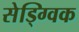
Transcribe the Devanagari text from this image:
सेड्ग्विक